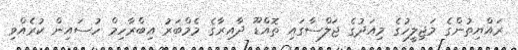
ރައްޔިތުންގެ މަޖިލީހުގެ މިއަދުގެ ޖަލްސާގައި ތޮއްޑޫ ދާއިރާގެ މެމްބަރު އިބްރާހިމް ހުސައިން ކުރެއްވި